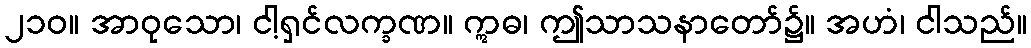
၂၁၀။ အာဝုသော၊ ငါ့ရှင်လက္ခဏ။ ဣဓ၊ ဤသာသနာတော်၌။ အဟံ၊ ငါသည်။